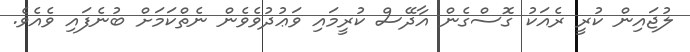
ލުޖައިން ކުރީ ރެއަކު ގޮސްގެން އާދޭސް ކުރީމައި ވަޢުދުވެވެން ނެތްކަމަށް ބުނެފައި ވެއެވެ.